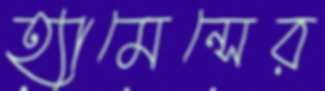
হ্যামেন্সের